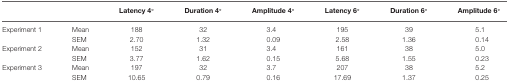
<table><thead><tr><td></td><td></td><td><b>Latency 4°</b></td><td><b>Duration 4°</b></td><td><b>Amplitude 4°</b></td><td><b>Latency 6°</b></td><td><b>Duration 6°</b></td><td><b>Amplitude 6°</b></td></tr></thead><tbody><tr><td>Experiment 1</td><td>Mean</td><td>188</td><td>32</td><td>3.4</td><td>195</td><td>39</td><td>5.1</td></tr><tr><td></td><td>SEM</td><td>2.70</td><td>1.32</td><td>0.09</td><td>2.58</td><td>1.36</td><td>0.14</td></tr><tr><td>Experiment 2</td><td>Mean</td><td>152</td><td>31</td><td>3.4</td><td>161</td><td>38</td><td>5.0</td></tr><tr><td></td><td>SEM</td><td>3.77</td><td>1.62</td><td>0.15</td><td>5.68</td><td>1.55</td><td>0.23</td></tr><tr><td>Experiment 3</td><td>Mean</td><td>197</td><td>32</td><td>3.7</td><td>207</td><td>38</td><td>5.2</td></tr><tr><td></td><td>SEM</td><td>10.65</td><td>0.79</td><td>0.16</td><td>17.69</td><td>1.37</td><td>0.25</td></tr></tbody></table>